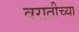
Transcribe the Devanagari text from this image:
वरातीच्या